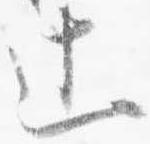
辻